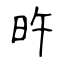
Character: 旿